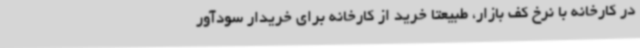
در کارخانه با نرخ کف بازار، طبیعتا خرید از کارخانه برای خریدار سودآور